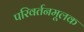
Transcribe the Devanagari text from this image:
परिवर्तनमूलक